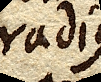
radius